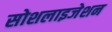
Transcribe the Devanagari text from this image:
सोशलाइजेशन